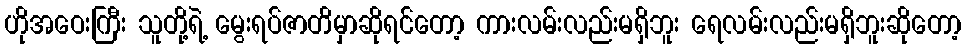
ဟိုအဝေးကြီး သူတို့ရဲ့ မွေးရပ်ဇာတိမှာဆိုရင်တော့ ကားလမ်းလည်းမရှိဘူး ရေလမ်းလည်းမရှိဘူးဆိုတော့